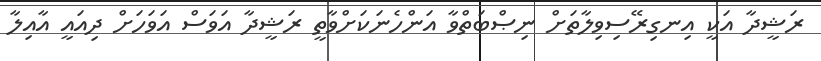
ރަޝީދާ އަކީ އިނގިރޭސިވިލާތަށް ނިޞްބަތްވާ އަންހެނަކަށްވާތީ ރަޝީދާ އަވަސް އަވަހަށް ދިއައީ އާއިލާ